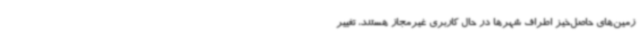
زمین‌های حاصل‌خیز اطراف شهرها در حال کاربری غیرمجاز هستند، تغییر